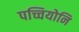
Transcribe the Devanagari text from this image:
पच्चियोनि